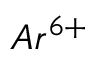
A r ^ { 6 + }